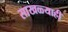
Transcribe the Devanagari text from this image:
साखळ्याही